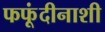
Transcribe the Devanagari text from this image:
फफूंदीनाशी